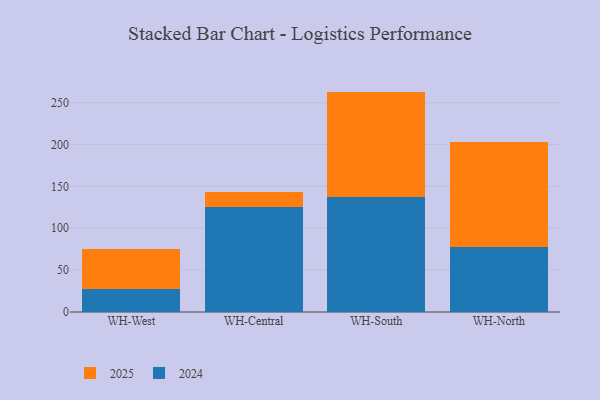
{"axis": {"x": "Warehouse", "y": "Customer Acquisition Cost (USD)"}, "legend": ["2024", "2025"], "data": [{"x": "WH-West", "y": 47.8, "type": "2025"}, {"x": "WH-West", "y": 27.8, "type": "2024"}, {"x": "WH-Central", "y": 18.8, "type": "2025"}, {"x": "WH-Central", "y": 124.8, "type": "2024"}, {"x": "WH-South", "y": 125.6, "type": "2025"}, {"x": "WH-South", "y": 137.6, "type": "2024"}, {"x": "WH-North", "y": 125.3, "type": "2025"}, {"x": "WH-North", "y": 77.4, "type": "2024"}]}